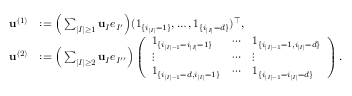
\begin{array} { r l } { { \bf u } ^ { ( 1 ) } } & { : = \Big ( \sum _ { | I | \geq 1 } \mathbf u _ { I } e _ { I ^ { \prime } } \Big ) ( 1 _ { \{ i _ { | I | } = 1 \} } , \ldots , 1 _ { \{ i _ { | I | } = d \} } ) ^ { \top } , } \\ { { \bf u } ^ { ( 2 ) } } & { : = \Big ( \sum _ { | I | \geq 2 } \mathbf u _ { I } e _ { I ^ { \prime \prime } } \Big ) \left( \begin{array} { l l l } { 1 _ { \{ i _ { | I | - 1 } = i _ { | I | } = 1 \} } } & { \cdots } & { 1 _ { \{ i _ { | I | - 1 } = 1 , i _ { | I | } = d \} } } \\ { \vdots } & { \cdots } & { \vdots } \\ { 1 _ { \{ i _ { | I | - 1 } = d , i _ { | I | } = 1 \} } } & { \cdots } & { 1 _ { \{ i _ { | I | - 1 } = i _ { | I | } = d \} } } \end{array} \right) . } \end{array}